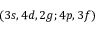
( 3 s , 4 d , 2 g ; 4 p , 3 f )